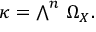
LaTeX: \kappa = { \textstyle \bigwedge } ^ { n } ~ \Omega _ { X } .